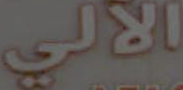
الآلي